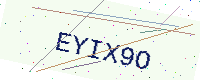
Text: EYIX9O